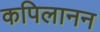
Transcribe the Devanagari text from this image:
कपिलानन